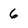
Character: 6